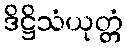
ဒိဋ္ဌိသံယုတ္တံ